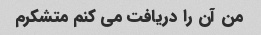
من آن را دریافت می کنم متشکرم